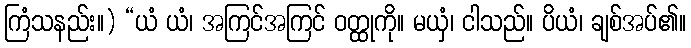
ကြံသနည်း။) “ယံ ယံ၊ အကြင်အကြင် ဝတ္ထုကို။ မယှံ၊ ငါသည်။ ပိယံ၊ ချစ်အပ်၏။